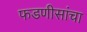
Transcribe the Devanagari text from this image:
फडणीसांचा